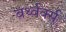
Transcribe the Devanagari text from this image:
बर्थ्वर्क्स